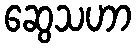
ဆွေသဟာ